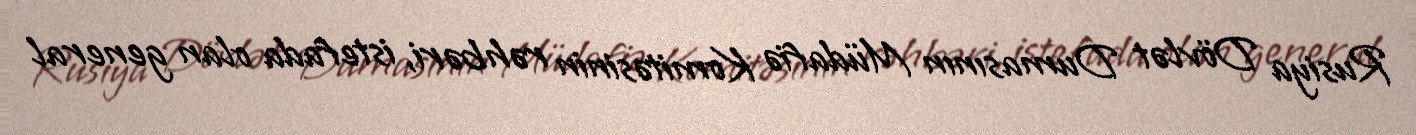
Rusiya Dövlət Dumasının Müdafiə Komitəsinin rəhbəri, istefada olan general